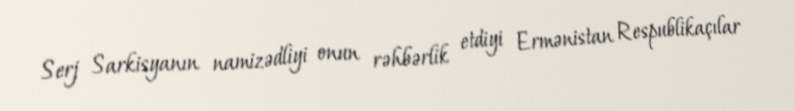
Serj Sarkisyanın namizədliyi onun rəhbərlik etdiyi Ermənistan Respublikaçılar